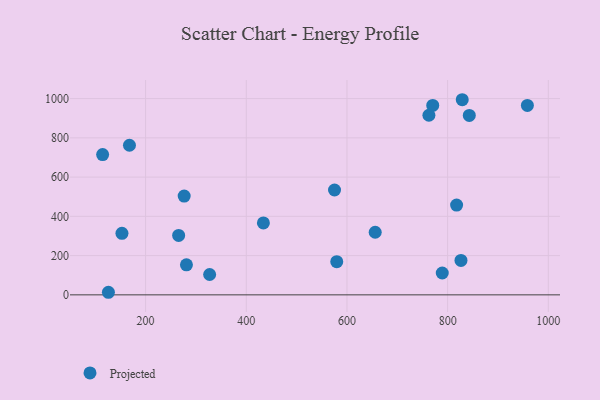
{"axis": {"x": "Price", "y": "Exam Score"}, "legend": ["Projected"], "data": [{"x": "843.0", "y": 914.2, "type": "Projected"}, {"x": "656.1", "y": 318.9, "type": "Projected"}, {"x": "817.8", "y": 457.6, "type": "Projected"}, {"x": "434.0", "y": 366.6, "type": "Projected"}, {"x": "789.3", "y": 111.2, "type": "Projected"}, {"x": "276.6", "y": 503.3, "type": "Projected"}, {"x": "579.7", "y": 168.8, "type": "Projected"}, {"x": "575.3", "y": 534.3, "type": "Projected"}, {"x": "770.4", "y": 965.2, "type": "Projected"}, {"x": "958.4", "y": 965.3, "type": "Projected"}, {"x": "281.1", "y": 153.0, "type": "Projected"}, {"x": "327.2", "y": 103.7, "type": "Projected"}, {"x": "265.6", "y": 302.6, "type": "Projected"}, {"x": "153.0", "y": 313.7, "type": "Projected"}, {"x": "167.9", "y": 762.3, "type": "Projected"}, {"x": "126.1", "y": 13.1, "type": "Projected"}, {"x": "114.6", "y": 714.9, "type": "Projected"}, {"x": "762.8", "y": 915.2, "type": "Projected"}, {"x": "826.5", "y": 175.6, "type": "Projected"}, {"x": "829.0", "y": 994.3, "type": "Projected"}]}